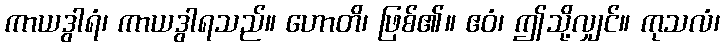
ကာယဒွါရံ၊ ကာယဒွါရသည်။ ဟောတိ၊ ဖြစ်၏။ ဧဝံ၊ ဤသို့လျှင်။ ကုသလံ၊